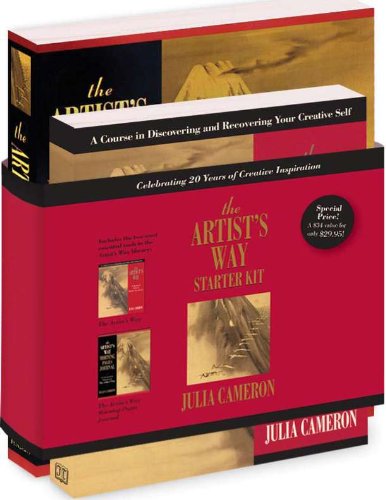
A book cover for The Artist's Way Starter Kit; Julia Cameron; Self-Help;